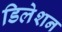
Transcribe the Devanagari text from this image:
डिलेशन